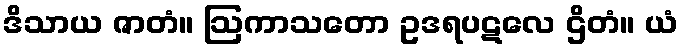
ဒိသာယ ဇာတံ။ ဩကာသတော ဥဒရပဋလေ ဌိတံ။ ယံ